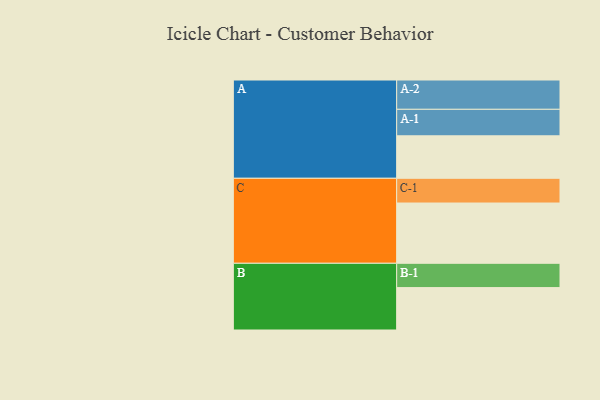
{"axis": {"x": "Segment", "y": "Value"}, "legend": ["", "A", "B", "C"], "data": [{"x": "A", "y": 409, "type": ""}, {"x": "B", "y": 408, "type": ""}, {"x": "C", "y": 580, "type": ""}, {"x": "A-1", "y": 255, "type": "A"}, {"x": "A-2", "y": 282, "type": "A"}, {"x": "B-1", "y": 234, "type": "B"}, {"x": "C-1", "y": 238, "type": "C"}]}